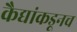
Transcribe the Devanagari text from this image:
कैद्यांकडूनच